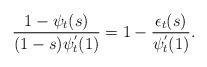
LaTeX: \begin{align*}\frac{1-\psi _t(s)}{(1- s) \psi _t^{'}(1)}= 1- \frac{\epsilon _t(s)}{\psi _t^{'}(1)}.\end{align*}